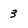
Character: 3